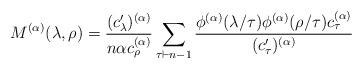
LaTeX: \begin{align*}M^{(\alpha)}(\lambda,\rho) = \frac{(c'_\lambda)^{(\alpha)}}{n \alpha c_\rho^{(\alpha)}} \sum_{\tau \vdash n-1} \frac{\phi^{(\alpha)}(\lambda/\tau)\phi^{(\alpha)}(\rho/\tau) c_\tau^{(\alpha)}}{(c'_\tau)^{(\alpha)}}\end{align*}